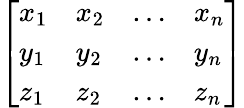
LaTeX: \left[\begin{array}{llll}{x_{1}}&{x_{2}}&{\dots}&{x_{n}}\\ {y_{1}}&{y_{2}}&{\dots}&{y_{n}}\\ {z_{1}}&{z_{2}}&{\dots}&{z_{n}}\end{array}\right]